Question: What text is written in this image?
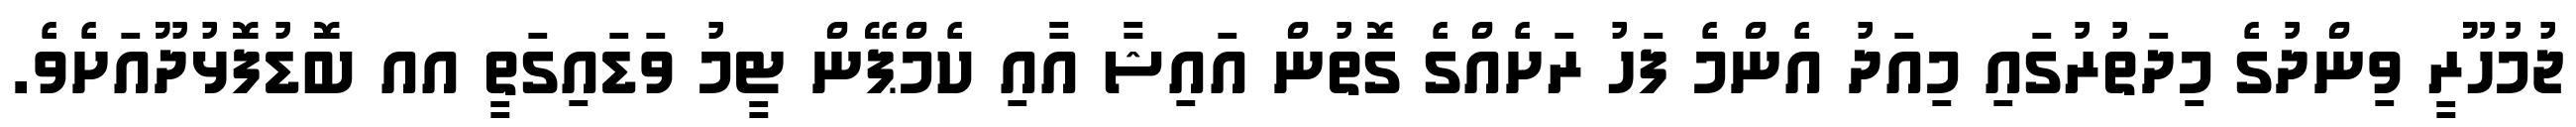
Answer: ޖުމުހޫރީ ވިންދުގެ މިދަތުރުގައި މިއަދު އެންމެ ފަހު ރަށެއްގެ ގޮތުން އައިޝާ އާއި ކެމްޕޭން ޓީމު ވަޑައިގަތީ އއ ބޮޑުފޮޅުދޫއަށެވެ.